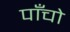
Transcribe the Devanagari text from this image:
पाॅंचो